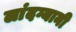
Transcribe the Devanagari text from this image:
लांदग्यानी